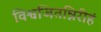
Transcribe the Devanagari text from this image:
विश्वजितन्निरीहं